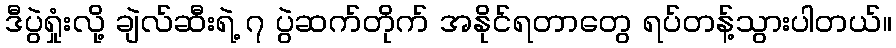
ဒီပွဲရှုံးလို့ ချဲလ်ဆီးရဲ့ ၇ ပွဲဆက်တိုက် အနိုင်ရတာတွေ ရပ်တန့်သွားပါတယ်။